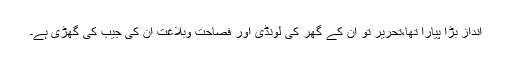
انداز بڑا پیارا تھا،تحریر تو ان کے گھر کی لونڈی اور فصاحت وبلاغت ان کی جیب کی گھڑی ہے۔